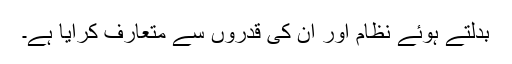
بدلتے ہوئے نظام اور اُن کی قدروں سے متعارف کرایا ہے۔